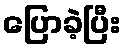
ပြောခဲ့ပြီး